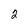
Character: 2